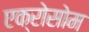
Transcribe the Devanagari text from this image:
एक्रोसोम